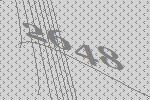
2648